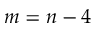
m = n - 4